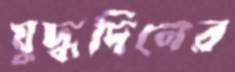
যুদ্ধদিনের